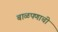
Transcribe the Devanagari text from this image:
बाळपणाची